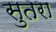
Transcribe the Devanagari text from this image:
सुतरा